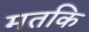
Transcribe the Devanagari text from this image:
मतकि